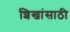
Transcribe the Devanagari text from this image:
शिखांसाठी